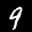
Label: 9